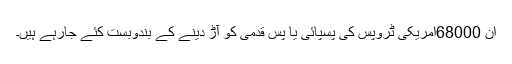
ان 68000امریکی ٹروپس کی پسپائی یا پس قدمی کو آڑ دینے کے بندوبست کئے جارہے ہیں۔